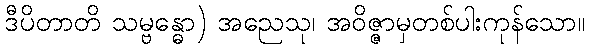
ဒီပိတာတိ သမ္ဗန္ဓော) အညေသု၊ အဝိဇ္ဇာမှတစ်ပါးကုန်သော။